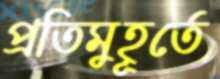
প্রতিমুহূর্তে